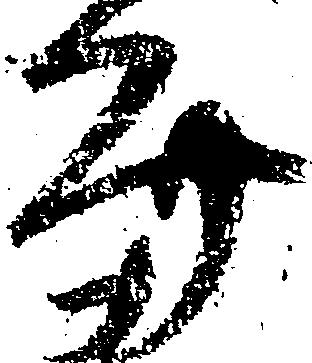
文